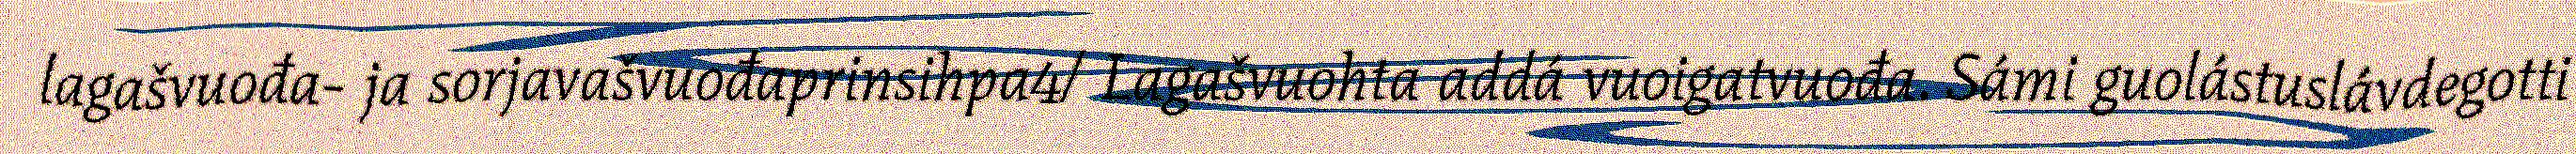
lagašvuođa- ja sorjavašvuođaprinsihpa4/ Lagašvuohta addá vuoigatvuođa. Sámi guolástuslávdegotti